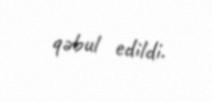
qəbul edildi.